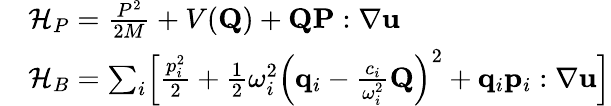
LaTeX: \begin{array}{rl}&{\mathcal{H}_{P}=\frac{P^{2}}{2M}+V(\mathbf{{Q}})+\mathbf{{Q}}\mathbf{{P}}:\nabla\mathbf{{u}}}\\ &{\mathcal{H}_{B}=\sum_{i}\Bigl[\frac{p_{i}^{2}}{2}+\frac{1}{2}\omega_{i}^{2}\Bigl(\mathbf{{q}}_{i}-\frac{c_{i}}{\omega_{i}^{2}}\mathbf{{Q}}\Bigr)^{2}+\mathbf{{q}}_{i}\mathbf{{p}}_{i}:\nabla\mathbf{{u}}\Bigr]}\end{array}